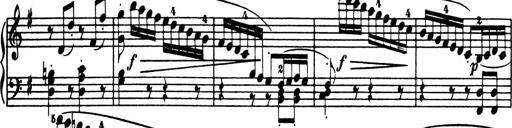
Title: Sonatina in G major
Composer: Friedrich Kuhlau
Key: G major